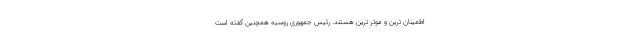
اطمینان ترین و موثر ترین هستند. رئیس جمهوری روسیه همچنین گفته است